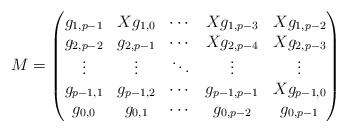
\begin{align*}M=\begin{pmatrix}g_{1,p-1} & Xg_{1,0} & \cdots &Xg_{1,p-3} & Xg_{1,p-2} \\g_{2,p-2} & g_{2,p-1} & \cdots & Xg_{2,p-4} & Xg_{2,p-3} \\\vdots & \vdots & \ddots & \vdots & \vdots \\g_{p-1,1} & g_{p-1,2} & \cdots & g_{p-1,p-1} & Xg_{p-1,0} \\g_{0,0} & g_{0,1} & \cdots & g_{0,p-2} & g_{0,p-1}\end{pmatrix}\end{align*}